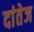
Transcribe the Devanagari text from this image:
दांतेज